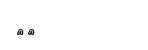
٦٣